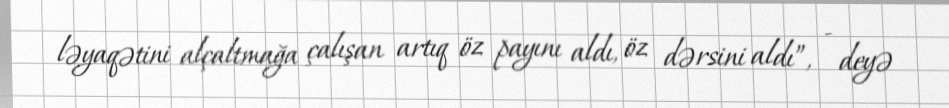
ləyaqətini alçaltmağa çalışan artıq öz payını aldı, öz dərsini aldı”, - deyə